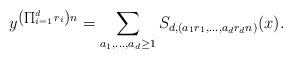
LaTeX: \begin{align*}y^{\left(\prod_{i=1}^d r_i \right)n} = \sum_{a_1, \ldots, a_d \geq 1} S_{d,(a_1r_1,\ldots, a_dr_dn)}(x). \end{align*}